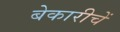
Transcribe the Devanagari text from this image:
बेकारीचें